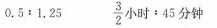
$$0 . 5 : 1 . 2 5$$ $$\frac { 3 } { 2 } 小 时 : 4 5 分 钟$$